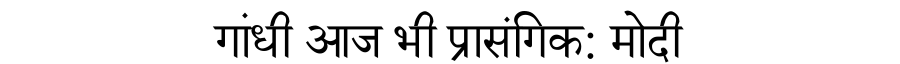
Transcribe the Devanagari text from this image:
गांधी आज भी प्रासंगिक: मोदी